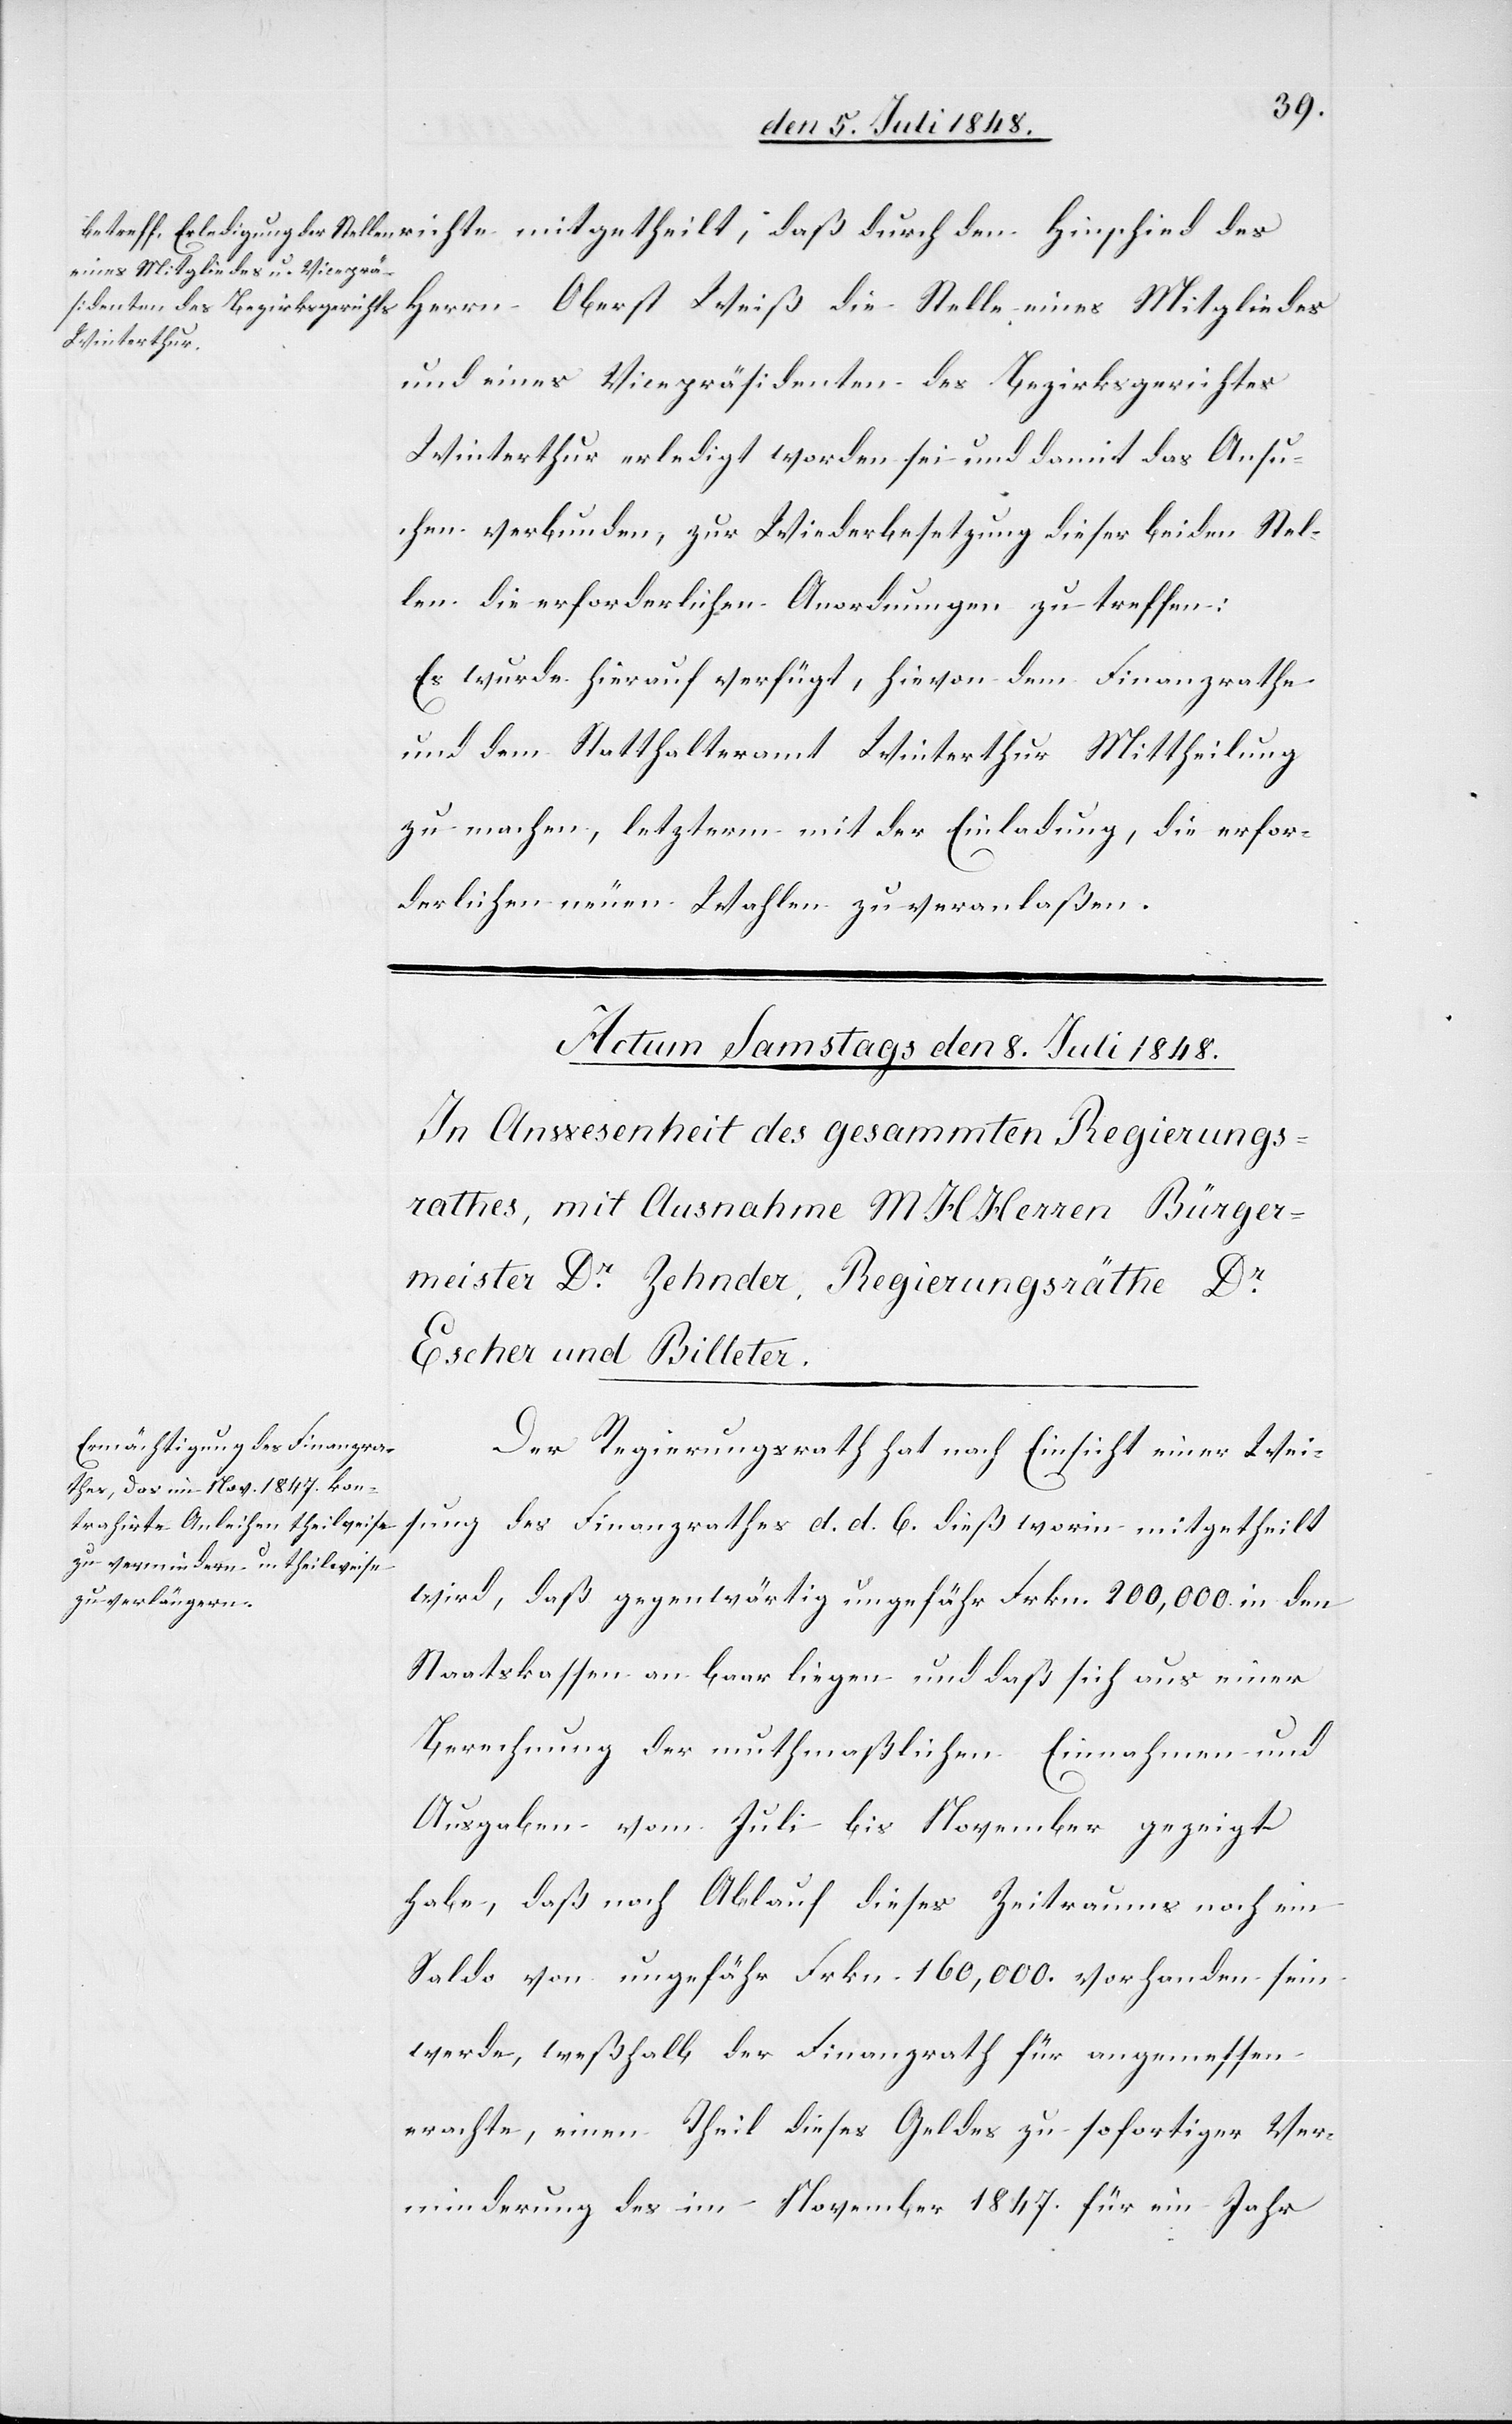
Herrn Oberst Weiß die Stelle eines Mitgliedes
und eines Vicepräsidenten des Bezirksgerichtes
Winterthur erledigt worden sei und damit das Ansu¬
chen verbunden, zur Wiederbesetzung dieser beiden Stel¬
len die erforderlichen Anordnungen zu treffen.
Es wurde hierauf verfügt, hievon dem Finanzrathe
und dem Statthalteramt Winterthur Mittheilung
zu machen, letzterm mit der Einladung, die erfor¬
derlichen neuen Wahlen zu veranlaßen.
Der Regierungsrath hat nach Einsicht einer Wei¬
sung des Finanzrathes d. d. 6. dieß worin mitgetheilt
wird, daß gegenwärtig ungefähr Frkn. 200,000. in den
Staatskassen an baar liegen und daß sich aus einer
Berechnung der muthmaßlichen Einnahmen und
Ausgaben vom Juli bis November gezeigt
habe, daß nach Ablauf dieses Zeitraums noch ein
Saldo von ungefähr Frkn. 160,000. vorhanden sein
werde, weßhalb der Finanzrath für angemessen
erachte, einen Theil dieses Geldes zu sofortiger Ver¬
minderung des im November 1847. für ein Jahr